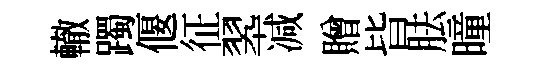
轍躅偃征翆减贈𣅜胠曈